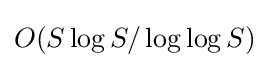
O(S\log S/\log \log S)